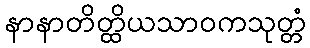
နာနာတိတ္ထိယသာဝကသုတ္တံ